Vaccination report Assam 1896-1927 - 1896-1927
Year: 1896
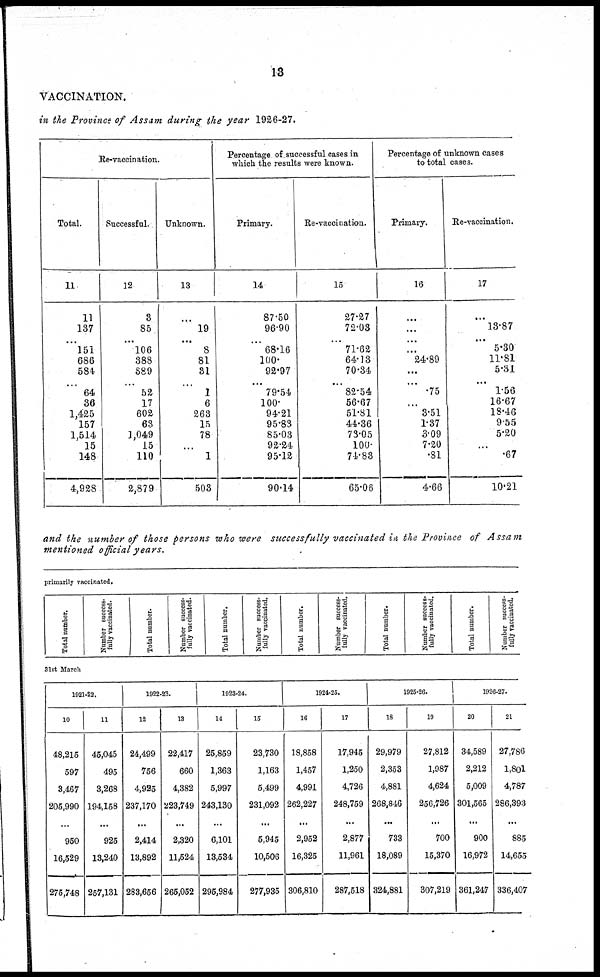
13
VACCINATION.
in the Province of Assam during the year 1926-27.
Re-vaccination.
Total.
11
11
137
...
151
686
584
...
64
36
1,425
157
1,514
15
148
4,928
Successful.
12
3
85
...
106
388
589
...
52
17
602
63
1,049
15
110
2,879
Unknown.
13
...
19
...
8
81
31
...
1
6
263
15
78
...
1
503
Percentage of successful cases in
which the results were known.
Primary.
14
87.50
96.90
...
68.16
100.
92.97
...
79.54
100.
94.21
95.83
85.03
92.24
95.12
90.14
Re-vaccination.
15
27.27
72.03
...
71.62
64.13
70.34
...
82.54
56.67
51.81
44.36
73.05
100.
74.83
65.06
Percentage of unknown cases
to total cases.
Primary.
16
...
...
...
...
24.89
...
...
.75
...
3.51
1.37
3.09
7.20
.81
4.66
Re-vaccination.
17
...
13.87
...
5.30
11.81
5.31
...
1.56
16.67
18.46
9.55
5.20
...
.67
10.21
and the number of those persons who were successfully vaccinated in the Province of Assam
mentioned official years.
primarily vaccinated.
Total number.
Number success-
fully vaccinated.
Total number.
Number success-
fully vaccinated.
Total number.
Number success-
fully vaccinated.
Total number.
Number success-
fully Vaccinated.
Total number.
Number success-
fully vaccinated.
Total number.
Number success-
fully vaccinated.
31st March
1921-22.
10
48,215
597
3,467
205,990
...
950
16,529
276,748
11
45,045
495
3,268
194,158
...
925
13,240
257,131
1922-23.
12
24,499
756
4,925
237,170
...
2,414
18,892
283,656
13
22,417
660
4,882
223,749
...
2,320
11,524
265,052
1923-24.
14
25,859
1,363
5,997
243,130
...
6,101
13,584
295,984
15
23,730
1,163
5,499
231,092
...
5,945
10,506
277,935
1924-25.
16
18,858
1,457
4,991
262,227
...
2,952
16,325
306,810
17
17,945
1,250
4,726
248,759
...
2,877
11,961
287,518
1925-26.
18
29,979
2,353
4,881
268,846
...
733
18,089
324,881
19
27,812
1,987
4,624
256,726
...
700
15,370
307,219
1926-27.
20
34,589
2,212
5,009
301,565
...
900
16,972
361,247
21
27,786
1,801
4,787
286,393
...
885
14,655
336,407